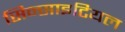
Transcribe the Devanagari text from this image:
सिन्साइटियल